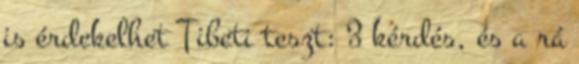
is érdekelhet Tibeti teszt: 3 kérdés, és a rá